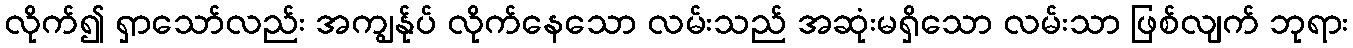
လိုက်၍ ရှာသော်လည်း အကျွန်ုပ် လိုက်နေသော လမ်းသည် အဆုံးမရှိသော လမ်းသာ ဖြစ်လျက် ဘုရား